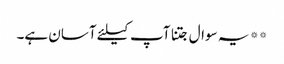
** یہ سوال جتنا آپ کیلئے آسان ہے۔